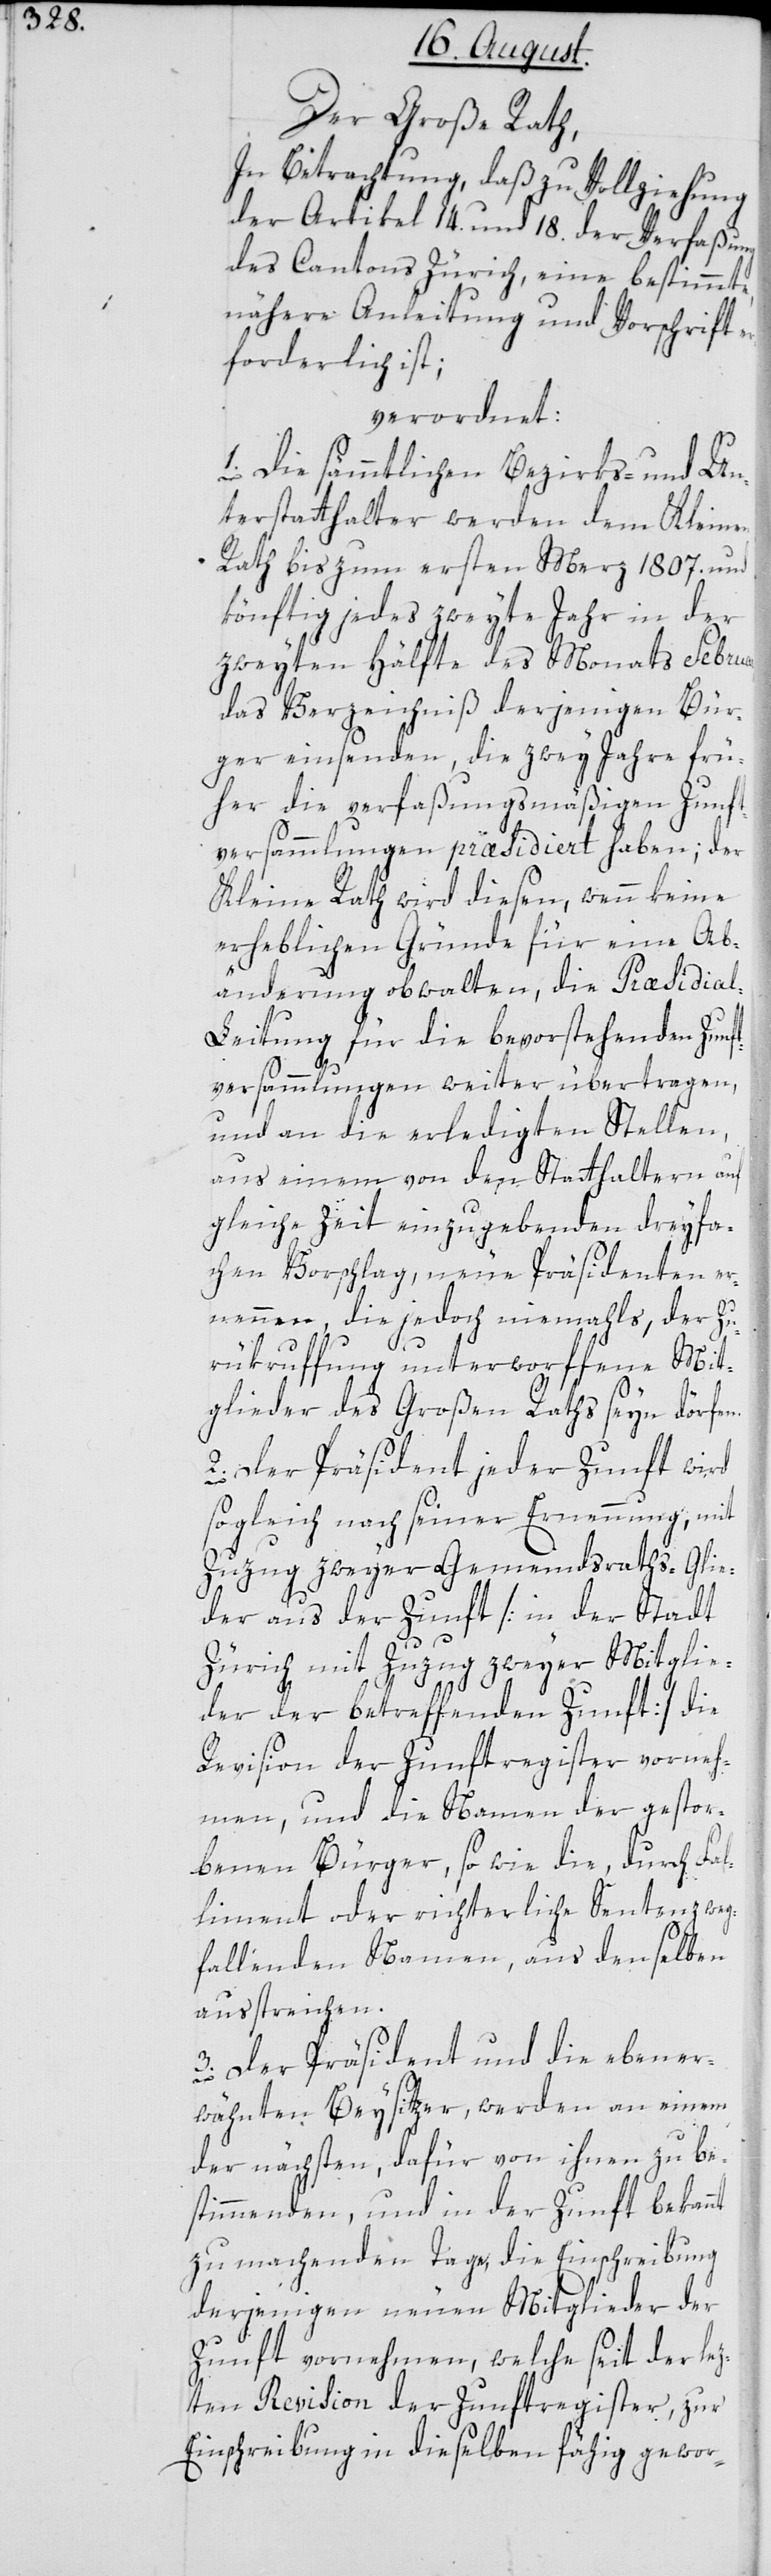
Der Große Rath,
In Betrachtung, daß zu Vollziehung
der Artikel 14. und 18. der Verfaßung
des Cantons Zürich, eine bestimmte,
nähere Anleitung und Vorschrift e¬
rforderlich ist;
verordnet:
1. Die sämtlichen Bezirks- und Un¬
terstatthalter werden dem Kleinen
Rath bis zum ersten Merz 1807. und
könftig jedes zweyte Jahr in der
zweyten Hälfte des Monats Februar,
das Verzeichniß derjenigen Bür¬
ger einsenden, die zwey Jahre frü¬
her die verfaßungsmäßigen Zunft¬
versammlungen präsidiert haben; der
Kleine Rath wird diesen, wenn keine
erheblichen Gründe für eine Ab¬
änderung obwalten, die Præsidia¬
l-Leitung für die bevorstehenden Zunf¬
tversammlungen weiter übertragen,
und an die erledigten Stellen,
aus einem von den Statthaltern auf
gleiche Zeit einzugebenden dreyfa¬
chen Vorschlag, neue Präsidenten er¬
nennen, die jedoch niemahls, der Zu¬
rükruffung unterworffene Mit¬
glieder des Großen Raths seyn dörfen.
2. Der Präsident jeder Zunft wird
sogleich nach seiner Ernennung, mit
Zuzug zweyer Gemeindraths-Glie¬
der aus der Zunft [in der Stadt
Zürich mit Zuzug zweyer Mitglie¬
der der betreffenden Zunft] die
Revision der Zunftregister vorneh¬
men, und die Namen der gestor¬
benen Bürger, sowie die, durch Fal¬
liment oder richterliche Sentenz weg¬
fallenden Namen, aus denselben
ausstreichen.
3. Der Präsident und die ebener¬
wähnten Beysitzer, werden an einem
der nächsten, dafür von ihnen zu be¬
stimmenden, und in der Zunft bekannt
zu machenden Tage, die Einschreibung
derjenigen neuen Mitglieder der
Zunft vornehmen, welche seit der lez¬
ten Revision der Zunftregister, zur
Einschreibung in dieselben fähig gewor-